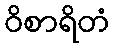
ဝိစာရိတံ